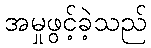
အမှုဖွင့်ခဲ့သည်